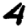
Digit: 4